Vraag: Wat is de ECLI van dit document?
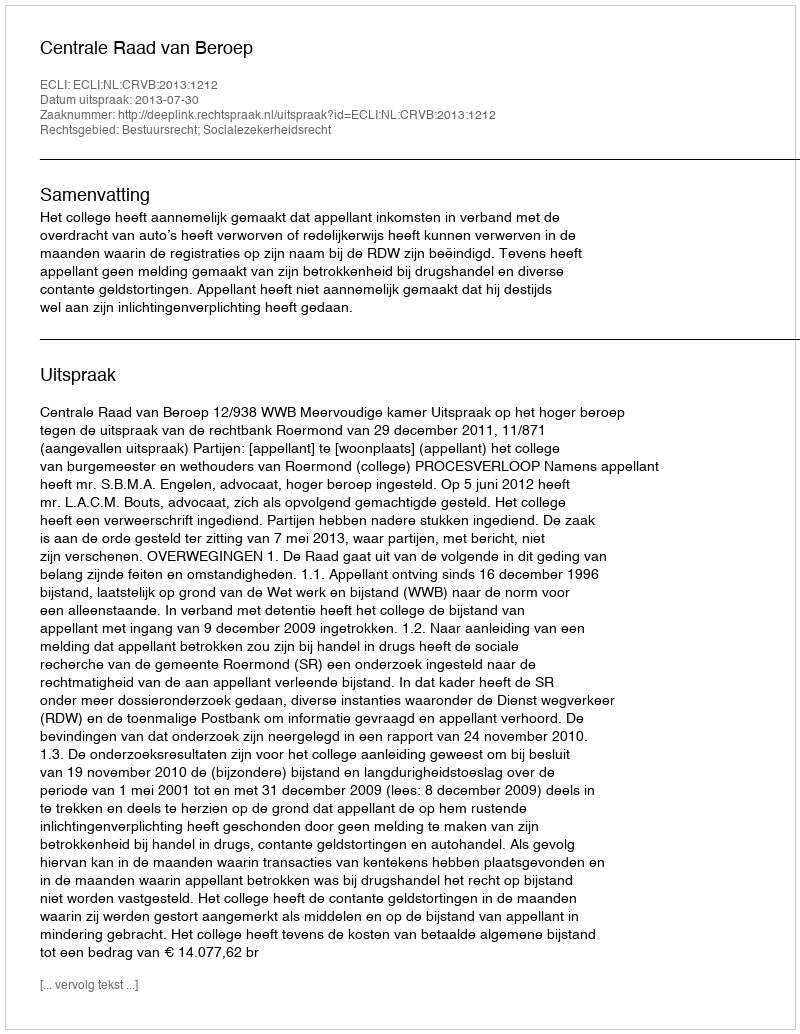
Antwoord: ECLI:NL:CRVB:2013:1212